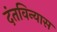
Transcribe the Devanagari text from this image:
दंतविन्यास